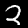
Digit: 2